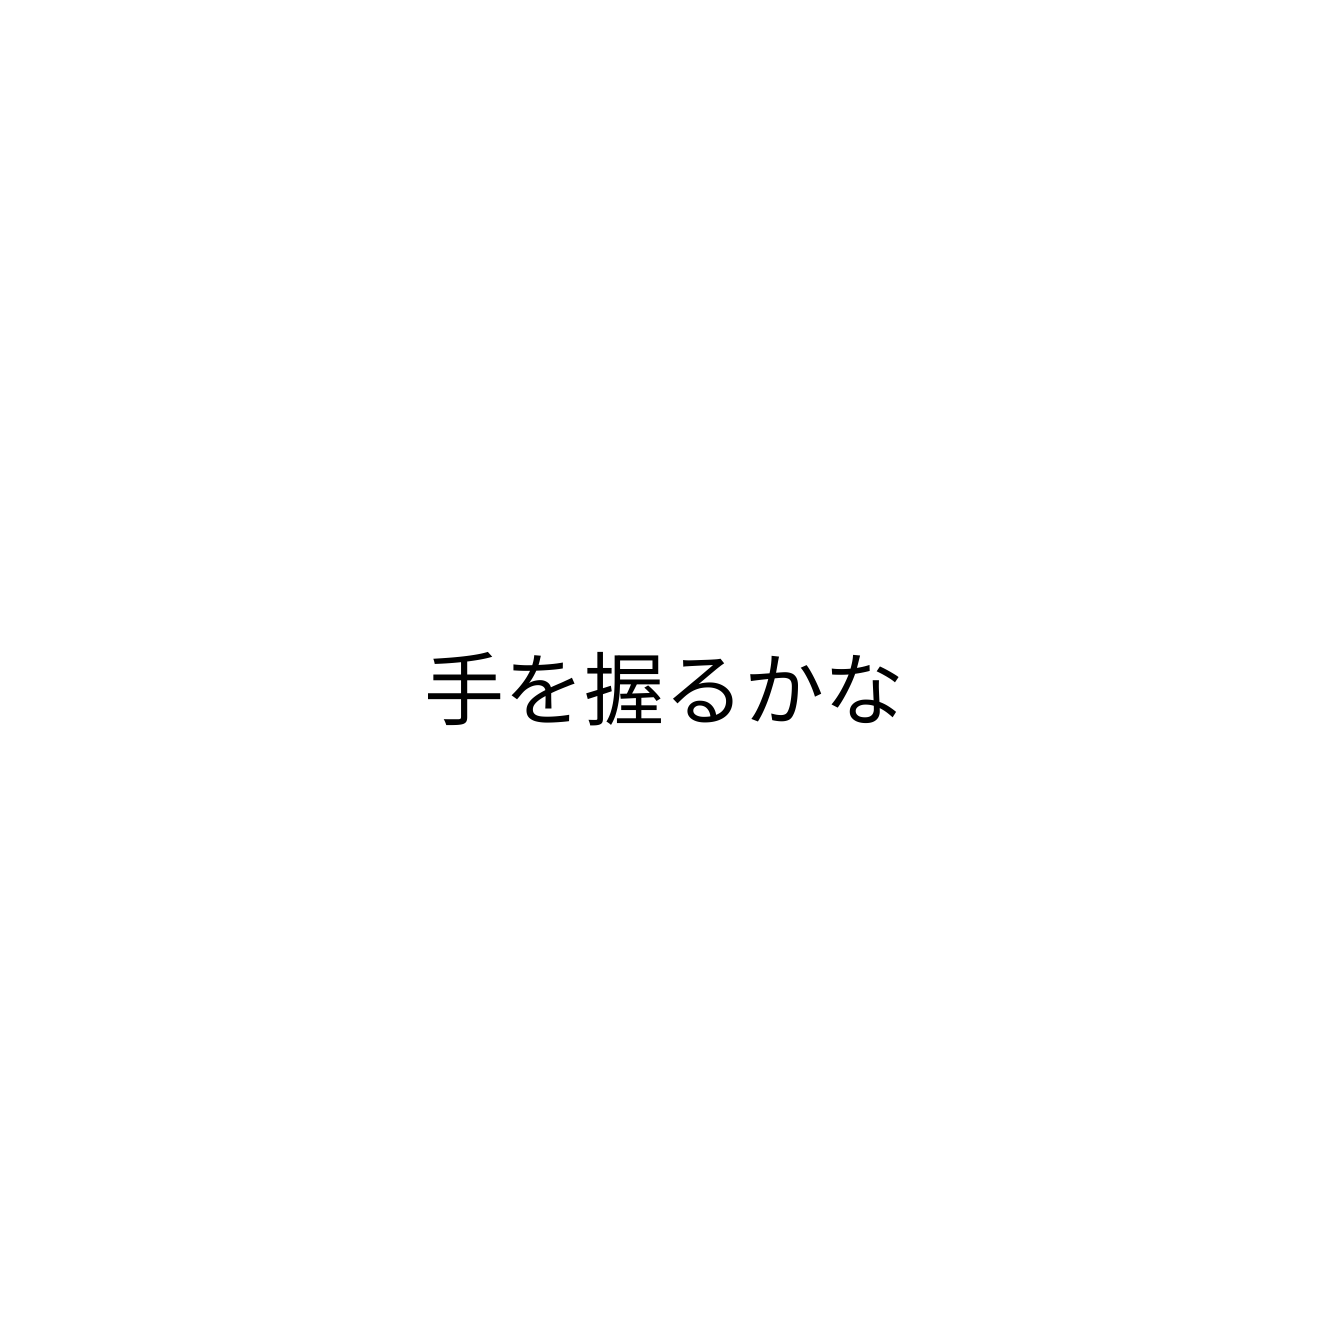
手を握るかな